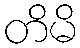
တိမိ